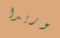
فلوريدا